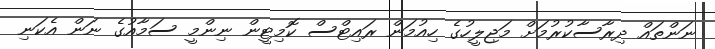
ނަންތައް ދިރާސާކުރުމަށް މަޖިލީހުގެ ހިއުމަން ރައިޓްސް ކޮމިޓީން ނިންމީ ސަމާއުގެ ނަން އެކަނި